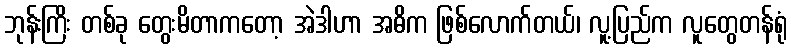
ဘုန်းကြိး တစ်ခု တွေးမိတာကတော့ အဲဒါဟာ အဓိက ဖြစ်လောက်တယ်၊ လူ့ပြည်က လူတွေတန်ရုံ